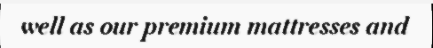
well as our premium mattresses and